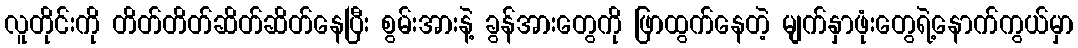
လူတိုင်းကို တိတ်တိတ်ဆိတ်ဆိတ်နေပြီး စွမ်းအားနဲ့ ခွန်အားတွေကို ဖြာထွက်နေတဲ့ မျက်နှာဖုံးတွေရဲ့နောက်ကွယ်မှာ